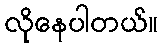
လိုနေပါတယ်။